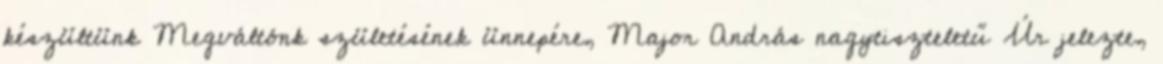
készültünk Megváltónk születésének ünnepére, Major András nagytiszteletű Úr jelezte,